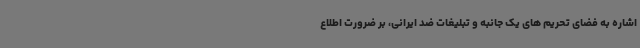
اشاره به فضای تحریم های یک جانبه و تبلیغات ضد ایرانی، بر ضرورت اطلاع